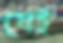
যেই